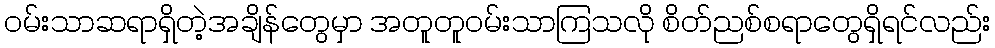
ဝမ်းသာဆရာရှိတဲ့အချိန်တွေမှာ အတူတူဝမ်းသာကြသလို စိတ်ညစ်စရာတွေရှိရင်လည်း